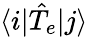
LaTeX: \langle i\vert\hat{T}_{e}\vert j\rangle